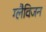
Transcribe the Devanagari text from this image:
ग्लैविजन